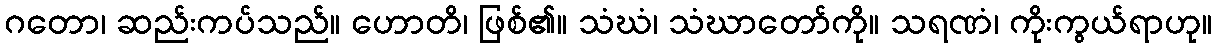
ဂတော၊ ဆည်းကပ်သည်။ ဟောတိ၊ ဖြစ်၏။ သံဃံ၊ သံဃာတော်ကို။ သရဏံ၊ ကိုးကွယ်ရာဟု။